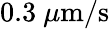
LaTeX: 0.3\ \mu\mathrm{m/s}